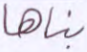
بناها